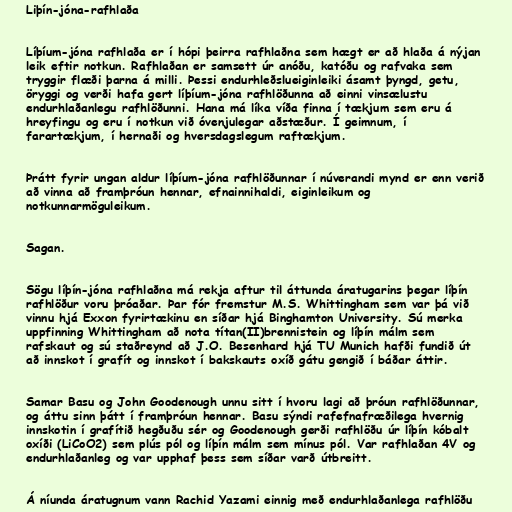
Liþín-jóna-rafhlaða

Líþíum-jóna rafhlaða er í hópi þeirra rafhlaðna sem hægt er að hlaða á nýjan
leik eftir notkun. Rafhlaðan er samsett úr anóðu, katóðu og rafvaka sem
tryggir flæði þarna á milli. Þessi endurhleðslueiginleiki ásamt þyngd, getu,
öryggi og verði hafa gert líþíum-jóna rafhlöðunna að einni vinsælustu
endurhlaðanlegu rafhlöðunni. Hana má líka víða finna í tækjum sem eru á
hreyfingu og eru í notkun við óvenjulegar aðstæður. Í geimnum, í
farartækjum, í hernaði og hversdagslegum raftækjum.

Þrátt fyrir ungan aldur líþíum-jóna rafhlöðunnar í núverandi mynd er enn verið
að vinna að framþróun hennar, efnainnihaldi, eiginleikum og
notkunnarmöguleikum.

Sagan.

Sögu líþín-jóna rafhlaðna má rekja aftur til áttunda áratugarins þegar líþín
rafhlöður voru þróaðar. Þar fór fremstur M.S. Whittingham sem var þá við
vinnu hjá Exxon fyrirtækinu en síðar hjá Binghamton University. Sú merka
uppfinning Whittingham að nota títan(II)brennistein og líþín málm sem
rafskaut og sú staðreynd að J.O. Besenhard hjá TU Munich hafði fundið út
að innskot í grafít og innskot í bakskauts oxíð gátu gengið í báðar áttir.

Samar Basu og John Goodenough unnu sitt í hvoru lagi að þróun rafhlöðunnar,
og áttu sinn þátt í framþróun hennar. Basu sýndi rafefnafræðilega hvernig
innskotin í grafítið hegðuðu sér og Goodenough gerði rafhlöðu úr líþín kóbalt
oxíði (LiCoO2) sem plús pól og líþín málm sem mínus pól. Var rafhlaðan 4V og
endurhlaðanleg og var upphaf þess sem síðar varð útbreitt.

Á níunda áratugnum vann Rachid Yazami einnig með endurhlaðanlega rafhlöðu